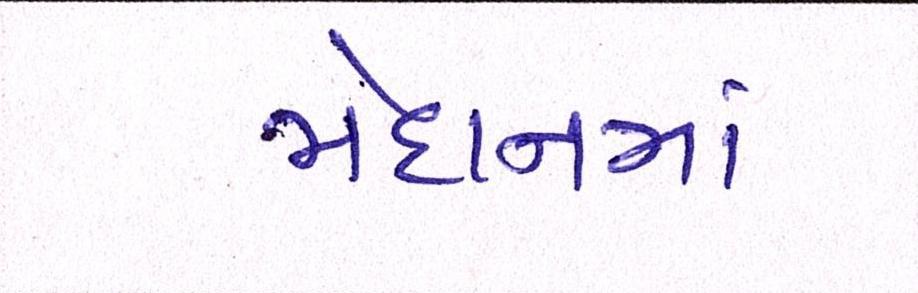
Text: મેદાનના